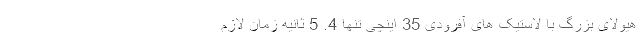
هیولای بزرگ با لاستیک های آفرودی 35 اینچی تنها 4. 5 ثانیه زمان لازم